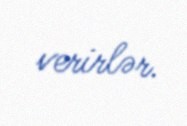
verirlər.